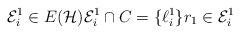
LaTeX: \begin{align*} \mathcal{E}_{i}^1\in E(\mathcal{H}) \mathcal{E}_{i}^1\cap C =\{\ell_{i}^1\} r_1\in \mathcal{E}_{i}^1 \end{align*}